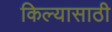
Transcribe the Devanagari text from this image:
किल्यासाठी